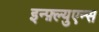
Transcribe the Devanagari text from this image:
इन्फ़्ल्युएन्स